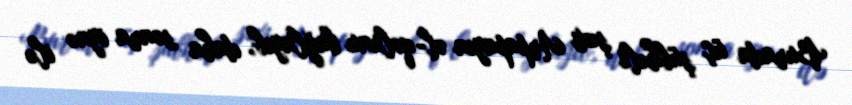
Burada üç şübhəli şəxs Arpapayın əl-qolunu bağlayıb, daha sonra iynə ilə